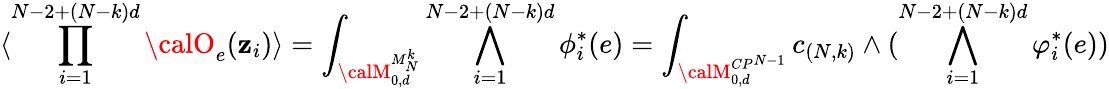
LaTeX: \langle\prod_{i=1}^{N-2+(N-k)d}{\calO}_{e}(\mathbf{z}_{i})\rangle=\int_{{\calM}_{0,d}^{M_{N}^{k}}}\bigwedge_{i=1}^{N-2+(N-k)d}\phi_{i}^{*}(e)=\int_{{\calM}_{0,d}^{CP^{N-1}}}c_{(N,k)}\wedge(\bigwedge_{i=1}^{N-2+(N-k)d}\varphi_{i}^{*}(e))